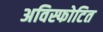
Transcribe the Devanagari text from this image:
अविस्फोटित